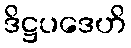
ဒိဋ္ဌပဒေဟိ